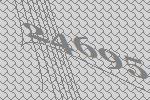
24695